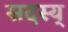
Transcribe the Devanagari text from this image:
सदस्य्